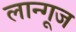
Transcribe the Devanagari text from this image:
लान्गूज